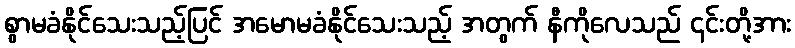
စွာမခံနိုင်သေးသည့်ပြင် အမောမခံနိုင်သေးသည့် အတွက် နီကိုလေသည် ၎င်းတို့အား